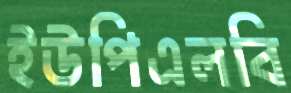
ইউপিএলবি